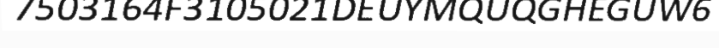
7503164F3105021DEUYMQUQGHEGUW6